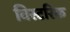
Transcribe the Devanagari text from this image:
विस्टरिक